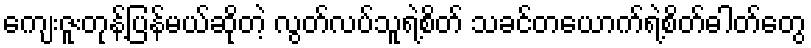
ကျေးဇူးတုန့်ပြန်မယ်ဆိုတဲ့ လွတ်လပ်သူရဲ့စိတ် သခင်တယောက်ရဲ့စိတ်ဓါတ်တွေ